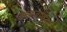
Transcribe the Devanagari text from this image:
इलाजाविना